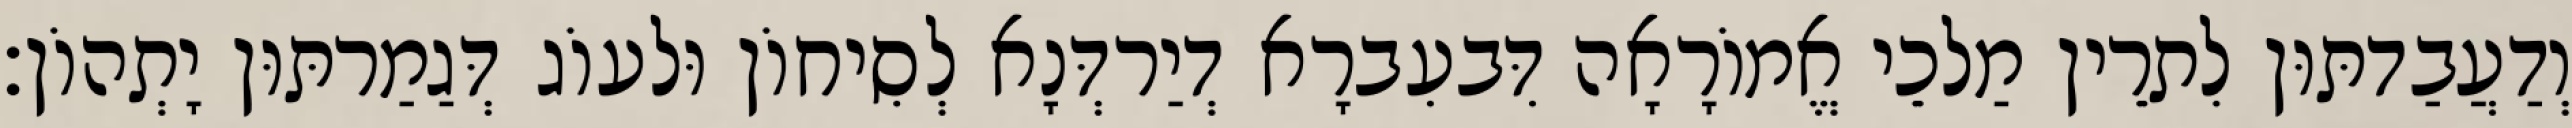
וְדַעֲבַדתּוּן לִתרֵין מַלכֵי אֱמוֹרָאָה דִּבעִברָא דְיַרדְּנָא לְסִיחוֹן וּלעוֹג דְּגַמַרתּוּן יָתְהוֹן׃